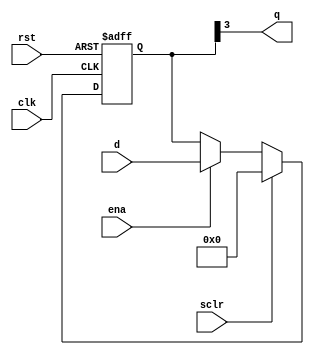
module ir
	#(	parameter		DATA_WIDTH = 4)
	(	input		wire	clk,
		input		wire	ena,
		input		wire	rst,
		input		wire	sclr,
		input		wire	[DATA_WIDTH-1:0]	d,
		output	wire	[DATA_WIDTH-4:0]	q
	);
	
	reg	[DATA_WIDTH-1:0] q1;
	
	always @(posedge clk, posedge rst) begin
		if (rst) begin
			q1 <= {DATA_WIDTH{1'b0}};
		end else if (sclr) begin
			q1 <= {DATA_WIDTH{1'b0}};
		end else if (ena) begin
			q1 <= d;
		end
	end
	
	assign	q = {q1[7:3]};
	
endmodule